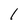
Character: l